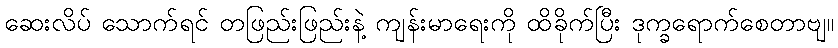
ဆေးလိပ် သောက်ရင် တဖြည်းဖြည်းနဲ့ ကျန်းမာရေးကို ထိခိုက်ပြီး ဒုက္ခရောက်စေတာဗျ။